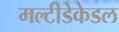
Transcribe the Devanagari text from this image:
मल्टीडेकेडल